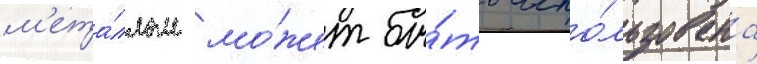
м'ета́ллом мо́жет бы́ть испо́льзована